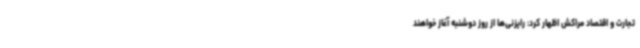
تجارت و اقتصاد مراکش اظهار کرد: رایزنی‌ها از روز دوشنبه آغاز خواهند